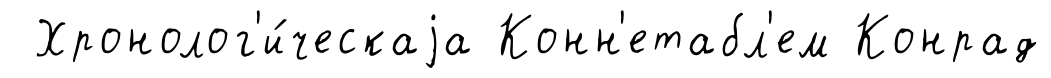
Хронолог'и́ческаjа Конн'етабл'ем Конрад